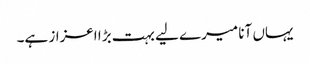
یہاں آنا میرے لیے بہت بڑا اعزاز ہے۔